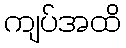
ကျပ်အထိ